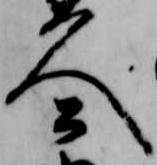
久